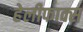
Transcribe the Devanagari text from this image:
हेलीफाक्स